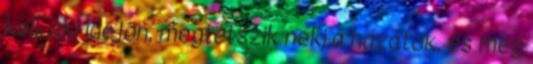
kell, aki idejön, megtetszik neki a házatok, és meg